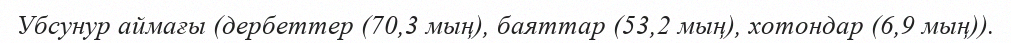
Убсунур аймағы (дербеттер (70,3 мың), баяттар (53,2 мың), хотондар (6,9 мың)).